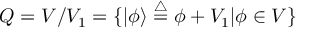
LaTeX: Q = V / V _ { 1 } = \{ | \phi \rangle \stackrel { \triangle } { = } \phi + V _ { 1 } | \phi \in V \}